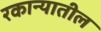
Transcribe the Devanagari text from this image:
रकान्यातील